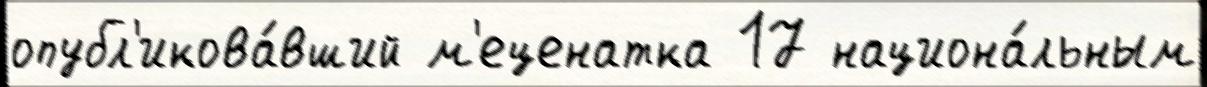
опубл'икова́вший м'еценатка 17 национа́льным